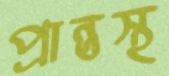
প্রান্তস্থ